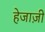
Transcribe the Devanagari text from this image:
हेजाज़ी